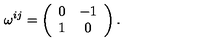
\omega ^ { i j } = \left( \begin{array} { c c } { 0 } & { - 1 } \\ { 1 } & { 0 } \\ \end{array} \right) .